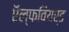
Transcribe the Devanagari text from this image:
ऍल्फवियर्ड